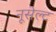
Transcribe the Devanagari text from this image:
नूसेल्ट